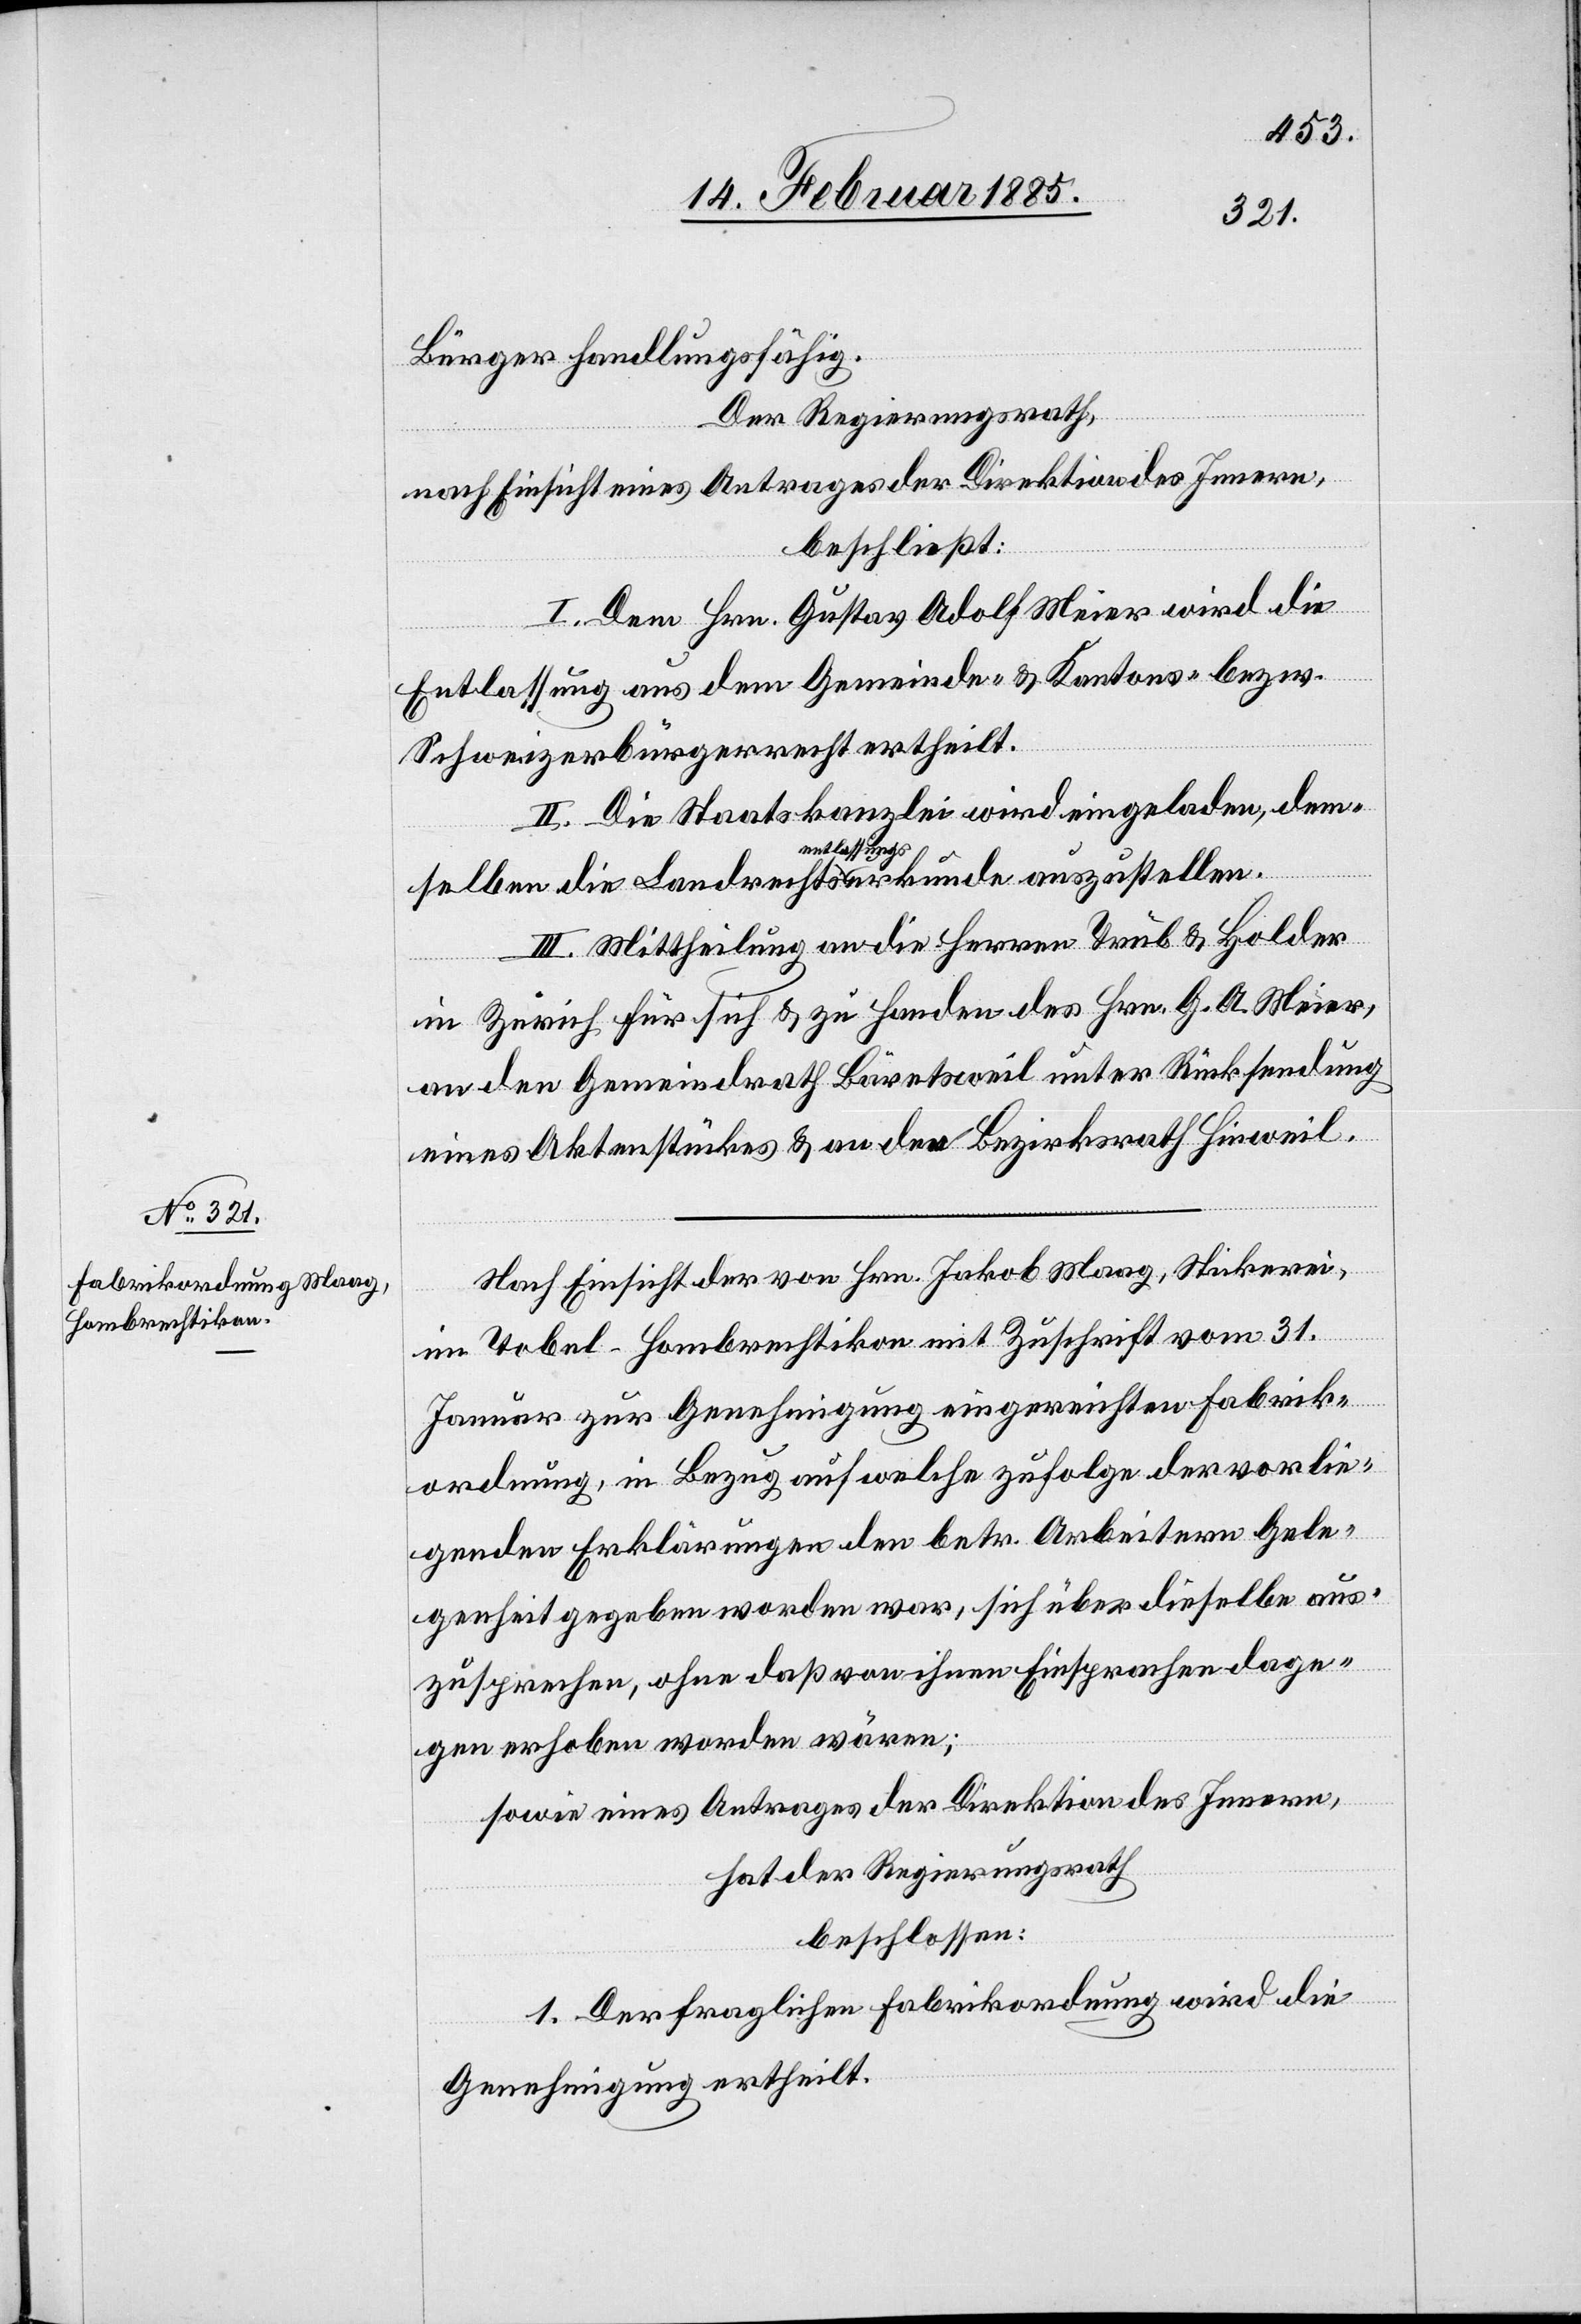
Bürger handlungsfähig.
auszustellen.
Der Regierungsrath,
nach Einsicht eines Antrages der Direktion des Innern,
beschließt:
I. Dem Hrn Gustav Adolf Meier wird die
Entlassung aus dem Gemeinde- & Kantons- bezw.
Schweizerbürgerrecht ertheilt.
II. Die Staatskanzlei wird eingeladen, dem¬
tsentlassungsu¬
III. Mittheilung an die Herren Trüb & Holder
in Zürich für sich & zu Handen des Hrn. G. A. Meier,
an den Gemeindrath Bäretsweil unter Rücksendung
eines Aktenstückes & an den Bezirksrath Hinweil.
Nach Einsicht der von Hrn. Jakob Maag, Stickerei,
im Tobel - Hombrechtikon mit Zuschrift vom 31.
Januar zur Genehmigung eingereichten Fabrik¬
ordnung, in Bezug auf welche zufolge der vorlie¬
genden Erklärungen den betr. Arbeitern Gele¬
genheit gegeben worden war, sich über dieselbe aus¬
zusprechen, ohne daß von ihnen Einsprachen dage¬
gen erhoben worden wären;
rkunde
sowie eines Antrages der Direktion des Innern,
hat der Regierungsrath
beschlossen:
1. Der fraglichen Fabrikordnung wird die
Genehmigung ertheilt.